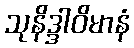
သုနိဒ္ဒါဝိမာနံ